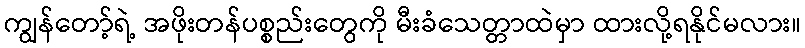
ကျွန်တော့်ရဲ့ အဖိုးတန်ပစ္စည်းတွေကို မီးခံသေတ္တာထဲမှာ ထားလို့ရနိုင်မလား။